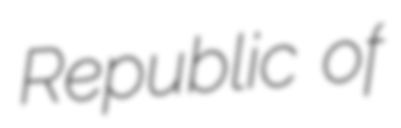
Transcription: Republic of